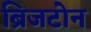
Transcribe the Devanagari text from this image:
ब्रिजटोन